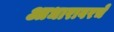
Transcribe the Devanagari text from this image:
आधारावरचे